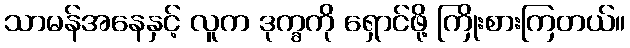
သာမန်အနေနှင့် လူက ဒုက္ခကို ရှောင်ဖို့ ကြိုးစားကြတယ်။